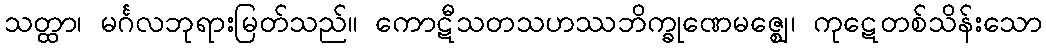
သတ္ထာ၊ မင်္ဂလဘုရားမြတ်သည်။ ကောဋီသတသဟဿဘိက္ခုဏေမဇ္ဈေ၊ ကုဋေတစ်သိန်းသော